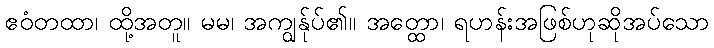
ဧဝံတထာ၊ ထို့အတူ။ မမ၊ အကျွန်ုပ်၏။ အတ္ထော၊ ရဟန်းအဖြစ်ဟုဆိုအပ်သော